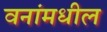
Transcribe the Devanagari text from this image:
वनांमधील